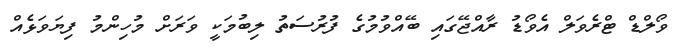
ވޯލްޑް ޓްރެވަލް އެވޯޑު ރާއްޖޭގައި ބޭއްވުމުގެ ފުރުސަތު ލިބުމަކީ ވަރަށް މުހިންމު ފިޔަވަޅެއް